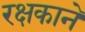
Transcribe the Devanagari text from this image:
रक्षकाने